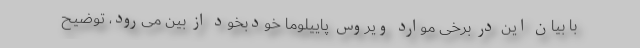
با بیان این در برخی موارد ویروس پاییلوما خودبخود از بین می‌رود، توضیح